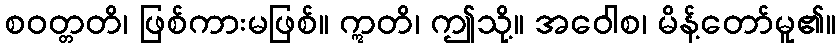
စဝတ္တတိ၊ ဖြစ်ကားမဖြစ်။ ဣတိ၊ ဤသို့။ အဝေါစ၊ မိန့်တော်မူ၏။